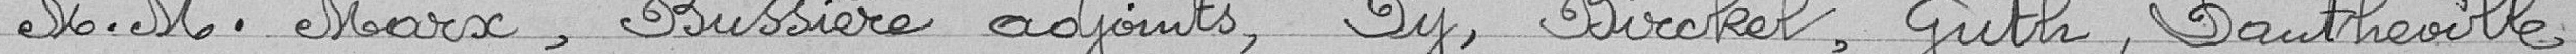
MM. Marx, Bussière adjoints, Py, Birckel, Guth, Dautheville,